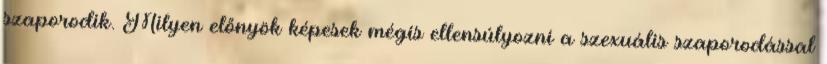
szaporodik. Milyen előnyök képesek mégis ellensúlyozni a szexuális szaporodással